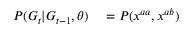
\begin{array} { r l } { P ( G _ { t } | G _ { t - 1 } , \theta ) } & { { } = P ( \boldsymbol { x ^ { a a } } , \boldsymbol { x ^ { a b } } ) } \end{array}